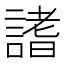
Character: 𧪡